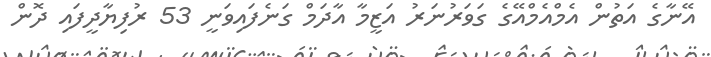
އޭނާގެ އަތުން އެމްއެމްއޭގެ ގަވަރުނަރު އަޒީމާ އާދަމް ގަނެފައިވަނީ 53 ރުފިޔާދީފައި ދޮން